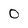
Character: 0